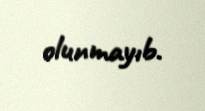
olunmayıb.